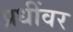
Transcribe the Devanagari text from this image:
प्रधींवर